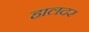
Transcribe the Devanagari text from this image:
हालदर